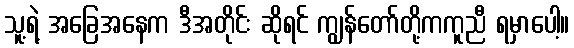
သူ့ရဲ့ အခြေအနေက ဒီအတိုင်း ဆိုရင် ကျွန်တော်တို့ကကူညီ ရမှာပေါ့။